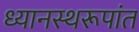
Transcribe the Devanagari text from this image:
ध्यानस्थरूपांत